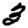
Digit: 3